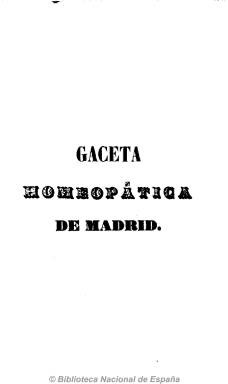
Título: Gaceta homeopática de Madrid
Colección: Homeopatía
Ámbito geográfico: Madrid
Lugar de publicación: Madrid
Fechas: 10/04/1845-25/03/1846

Publicación especializada que comienza a editarse el diez de abril de 1845 para la difusión y defensa de la nueva doctrina médica homeopática que se estaba extendiendo por España. Empieza su andadura con un artículo y un texto en verso laudatorio del fundador de la homeopatía, Samuel Hahnemann (1775-1843), en el nonagésimo aniversario de su nacimiento, y posteriormente sus páginas acogerán comentarios a los aforismos de este. La revista está estructurada en Sección doctrinaria, Materia médica, Medicina práctica, Variedades, Crítica, Bibliografía y Comunicado.

Hartzenbusch (1894) indica que sus fundadores fueron los médicos y cirujanos homeópatas Román Fernández del Río, que será secretario de gobierno de la Sociedad Hahnemanniana Matritense y fallecería en 1855 a la edad de 32 años, y Pío Hernández y Espeso, que será fundador y catedrático de Homeopatía en el Instituto Homeopático y Hospital de San José, de Madrid. José Hernández Sanz, que ha historiado la prensa homeopática (1999), indica al doctor José Sebastián Coll Cochet (1781-1849) como su director, señalando a todos los citados como redactores, además de a los médicos Rafael Alonso Pardo, Manuel Ciriaco Rollán y Ramón Castillo.

Entró en polémica con otras publicaciones médicas, como es el caso de Boletín de medicina y cirugía (1834-1854), Gaceta médica (1845-1853) y Restaurador farmacéutico (1844-1936).

Apareció en entregas de 24 páginas, con foliación continuada, y compuestas a una columna, los días 10 y 25 de cada mes, hasta su desaparición el 25 de marzo de 1846, formando todos sus números un tomo de 570 páginas, con un índice, al final.

Coincidiendo con la división en el seno de los médicos homeópatas madrileños, a partir del diez de abril de 1846 es continuada por un nuevo título: La Homeopatía (1846-1847), que también puede consultarse en esta Hemeroteca Digital de la BNE.